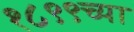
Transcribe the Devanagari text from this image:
१८९९च्या